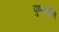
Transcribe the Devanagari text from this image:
पुण्यवृत्ति